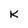
Character: K